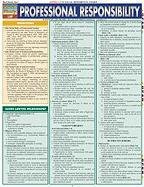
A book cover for Professional Responsibility (Quickstudy: Law); Inc. BarCharts; Law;